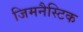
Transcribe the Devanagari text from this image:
जिमनैस्टिक